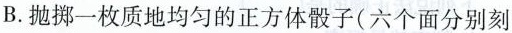
B. 抛掷一枚质地均匀的正方体骰子(六个面分别刻